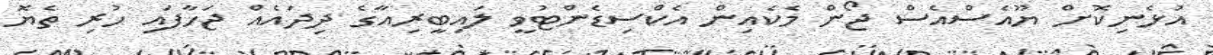
އުޅެނިކޮށް ޔޫއެސްއެސް ޖޯން މެކެއިން އެކްސިޑެންޓުވީ ލައިބީރިއާގެ ދިދައެއް ޖަހާފައި ހުރި ތެޔޮ